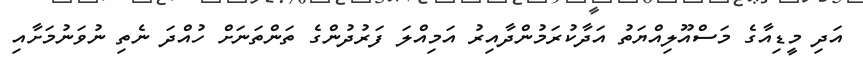
އަދި މީޑިއާގެ މަސްއޫލިއްޔަތު އަދާކުރަމުންދާއިރު އަމިއްލަ ފަރުދުންގެ ތަންތަނަށް ހުއްދަ ނެތި ނުވަނުމަށާއި